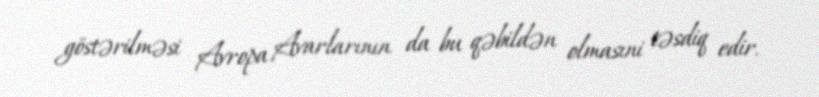
göstərilməsi Avropa Avarlarının da bu qəbildən olmasıni təsdiq edir.